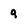
Character: 9